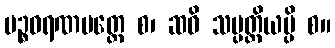
ပဉ္စဓရဏမတ္တေ စ၊ ဆဝိ သမ္ပတ္တိယမ္ပိ စ။